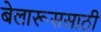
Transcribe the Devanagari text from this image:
बेलारूससाठी